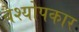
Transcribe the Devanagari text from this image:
वैश्योपकार